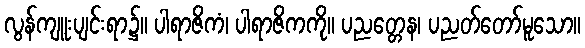
လွန်ကျူးပျင်းရာ၌။ ပါရာဇိကံ၊ ပါရာဇိကကို။ ပညတ္တေန၊ ပညတ်တော်မူသော။